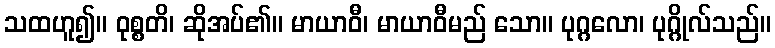
သထဟူ၍။ ဝုစ္စတိ၊ ဆိုအပ်၏။ မာယာဝီ၊ မာယာဝီမည် သော။ ပုဂ္ဂလော၊ ပုဂ္ဂိုလ်သည်။